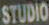
STUDIO